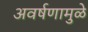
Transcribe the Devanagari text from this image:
अवर्षणामुळे